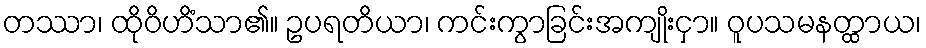
တဿာ၊ ထိုဝိဟိံသာ၏။ ဥပရတိယာ၊ ကင်းကွာခြင်းအကျိုးငှာ။ ဝူပသမနတ္ထာယ၊